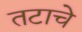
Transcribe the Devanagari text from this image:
तटाचे